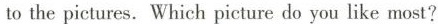
to the pictures.Which picture do you like most?